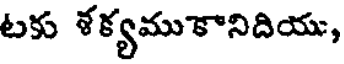
టకు శక్యముకానిదియు,